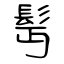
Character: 髩